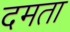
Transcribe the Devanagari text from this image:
दमता